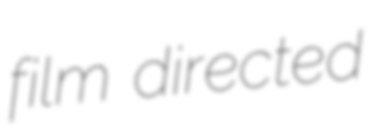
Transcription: film directed